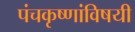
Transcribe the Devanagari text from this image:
पंचकृष्णांविषयी